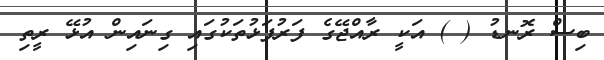
ބިސް ރޮނޑު ( ) އަކީ ރާއްޖޭގެ ފަރުފަޅުތަކުގައި ގިނައިން އުޅޭ ރީތި